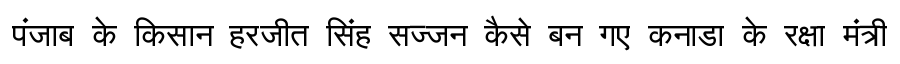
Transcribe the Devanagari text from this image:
पंजाब के किसान हरजीत सिंह सज्जन कैसे बन गए कनाडा के रक्षा मंत्री